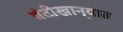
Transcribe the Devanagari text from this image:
बंदीखान्यात